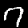
Label: 7